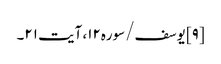
[۹] یوسف/سوره۱۲، آیت ۲۱۔